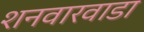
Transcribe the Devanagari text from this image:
शनवारवाडा